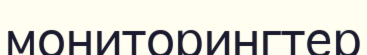
мониторингтер